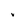
Character: v